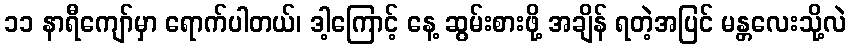
၁၁ နာရီကျော်မှာ ရောက်ပါတယ်၊ ဒါ့ကြောင့် နေ့ ဆွမ်းစားဖို့ အချိန် ရတဲ့အပြင် မန္တလေးသို့လဲ